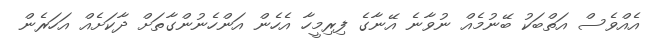
އެއްވެސް އަތްބަކު ބޭނުމެއް ނުވާނެ އޭނާގެ ފިރިމީހާ އެހެން އަންހެނުންގާތަށް ދާކަށެއް އަހަރެން